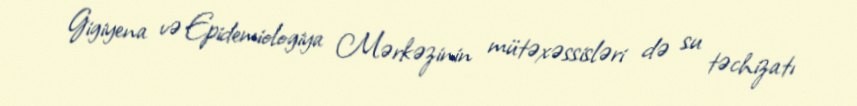
Gigiyena və Epidemiologiya Mərkəzinin mütəxəssisləri də su təchizatı